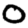
Digit: 0